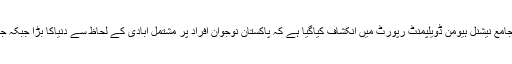
بدھ کو یو این ڈویلپمنٹ پروگرام کی جانب سے جاری جامع نیشنل ہیومن ڈویلپمنٹ رپورٹ میں انکشاف کیاگیا ہے کہ پاکستان نوجوان افراد پر مشتمل آبادی کے لحاظ سے دنیاکا بڑا جبکہ جنوبی ایشیاء میں افغانستان کے بعد دوسرا بڑا ملک ہے۔